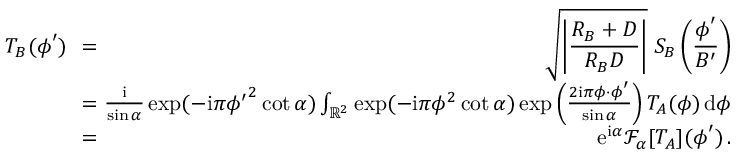
\begin{array} { r l r } { T _ { B } ( \boldsymbol \phi ^ { \prime } ) \! \! \! \! } & { { } = } & { \! \! \! \! \sqrt { \displaystyle \left| \frac { R _ { B } + D } { R _ { B } D } \right| } \; S _ { B } \left( \displaystyle { \frac { \boldsymbol \phi ^ { \prime } } { B ^ { \prime } } } \right) } \\ { \! \! \! \! } & { { } = } & { \! \! \! \! { \frac { \mathrm { i } } { \sin \alpha } } \exp ( - \mathrm { i } \pi { \phi ^ { \prime } } ^ { 2 } \cot \alpha ) \int _ { { \mathbb R } ^ { 2 } } \exp ( - \mathrm { i } \pi \phi ^ { 2 } \cot \alpha ) \exp \left( { \frac { 2 \mathrm { i } \pi \boldsymbol \phi \boldsymbol \cdot \boldsymbol \phi ^ { \prime } } { \sin \alpha } } \right) T _ { A } ( \boldsymbol \phi ) \, \mathrm { d } \boldsymbol \phi } \\ { \! \! \! \! } & { { } = } & { \! \! \! \! \mathrm { e } ^ { \mathrm { i } \alpha } { \mathcal F } _ { \alpha } [ T _ { A } ] ( \boldsymbol \phi ^ { \prime } ) \, . } \end{array}